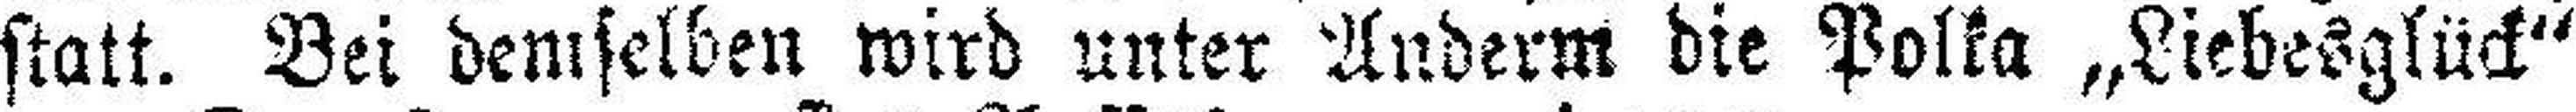
statt. Bei demselben wird unter Anderm die Polka „Liebesglück“